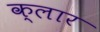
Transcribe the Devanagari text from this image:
क्लार